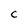
Character: C